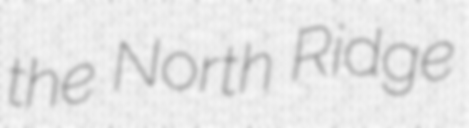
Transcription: the North Ridge